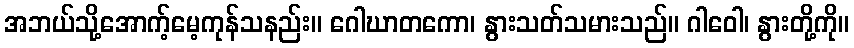
အဘယ်သို့အောက့်မေ့ကုန်သနည်း။ ဂေါဃာတကော၊ နွားသတ်သမားသည်။ ဂါဝေါ၊ နွားတို့ကို။